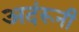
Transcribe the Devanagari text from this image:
अदंरूनी